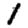
Digit: 1